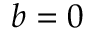
b = 0